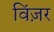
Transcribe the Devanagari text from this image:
विंज़र